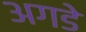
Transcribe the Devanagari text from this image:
अगडे